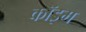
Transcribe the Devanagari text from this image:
कॉइम